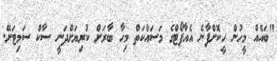
"ބައެއް މީހުން ހީކޮށްފާނެ އެއާޕޯޓްގެ މަސައްކަތް މިހާ ބާރަށް ކުރިޔަށްދަނީ ސާކް ސަމިޓަށޭ.